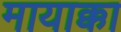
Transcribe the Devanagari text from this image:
मायाक्का